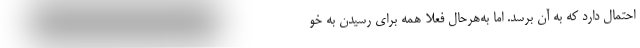
احتمال دارد که به آن برسد. اما به‌هرحال فعلا همه برای رسیدن به خو